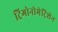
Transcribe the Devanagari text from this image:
ट्रिगोनोमेट्रिशेन